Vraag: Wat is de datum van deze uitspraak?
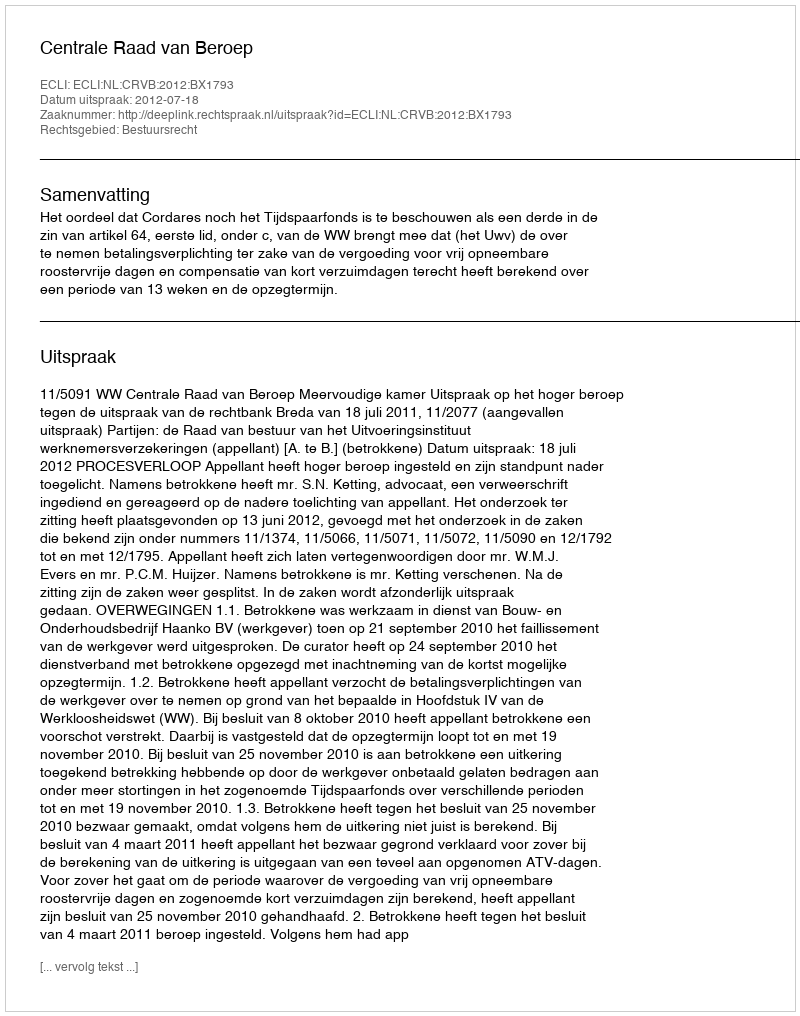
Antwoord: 2012-07-18